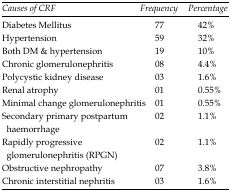
| Causes of CRF | Frequency | Percentage |
 | --- | --- | --- |
 | Diabetes Mellitus | 77 | 42% |
 | Hypertension | 59 | 32% |
 | Both DM & hypertension | 19 | 10% |
 | Chronic glomerulonephritis | 08 | 4.4% |
 | Polycystic kidney disease | 03 | 1.6% |
 | Renal atrophy | 01 | 0.55% |
 | Minimal change glomerulonephritis | 01 | 0.55% |
 | Secondary primary postpartum haemorrhage | 02 | 1.1% |
 | Rapidly progressive glomerulonephritis (RPGN) | 02 | 1.1% |
 | Obstructive nephropathy | 07 | 3.8% |
 | Chronic interstitial nephritis | 03 | 1.6% |